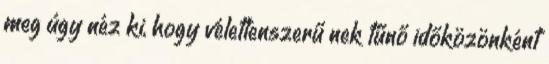
meg úgy néz ki, hogy véletlenszerű nek tűnő időközönként